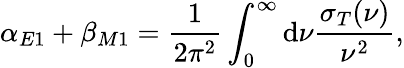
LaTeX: \alpha_{E1}+\beta_{M1}=\frac{1}{2\pi^{2}}\int_{0}^{\infty}\mathrm{d}\nu\frac{\sigma_{T}(\nu)}{\nu^{2}},